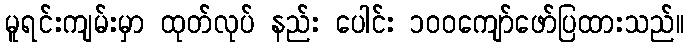
မူရင်းကျမ်းမှာ ထုတ်လုပ် နည်း ပေါင်း ၁၀၀ကျော်ဖော်ပြထားသည်။